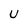
Character: U